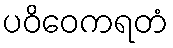
ပဝိဝေကရတံ